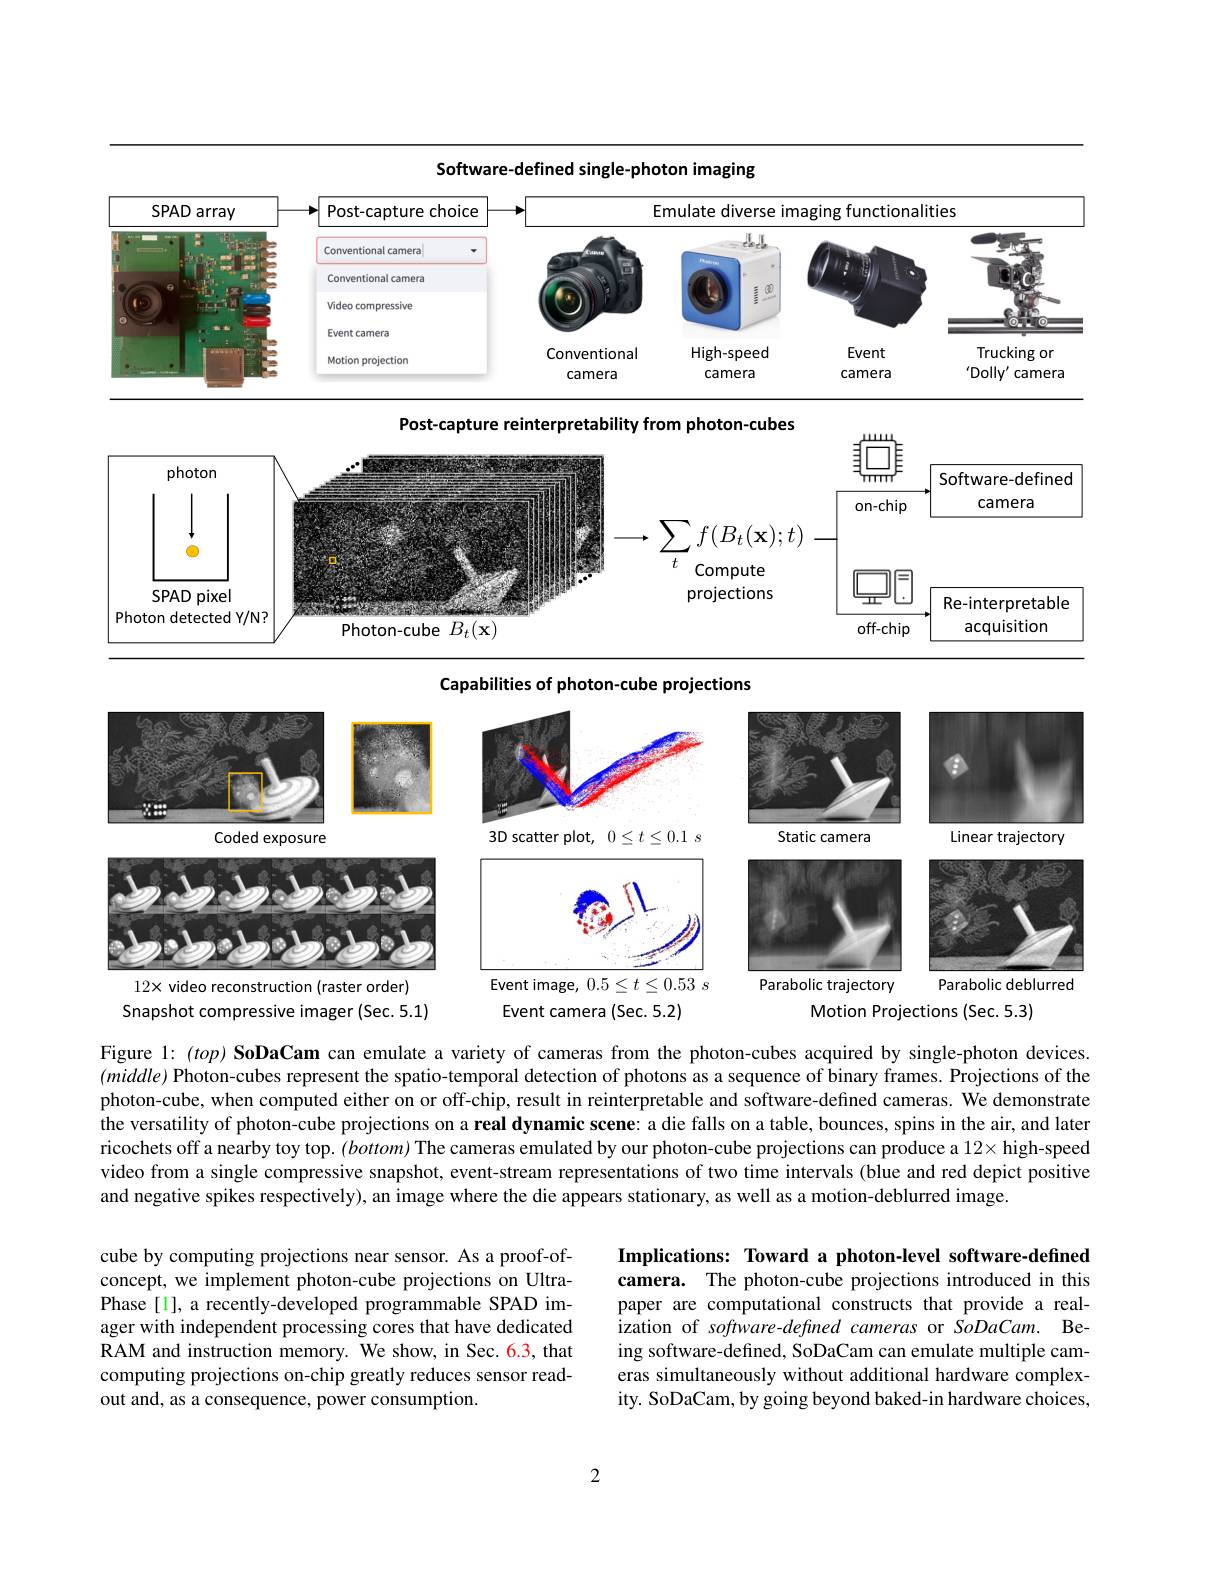
Software-defined single-photon imaging

<FigureHere>

Post-capture reinterpretability from photon-cubes

<FigureHere>

Capabilities of photon-cube projections

<FigureHere>

Motion Projections (Sec. 5.3)
Snapshot compressive imager (Sec. 5.1)
Event camera (Sec. 5.2)

Figure l: $( top) \textbf{SoDaCam can emulate a variety of cameras from the photon- cubes acquired by single- photon devices. }$ $(middle)$ Photon-cubes represent the spatio-temporal detection of photons as a sequence of binary frames. Projections of the photon-cube, when computed either on or off-chip, result in reinterpretable and software-defined cameras. We demonstrate the versatility of photon-cube projections on a real dynamic scene: a die falls on a table, bounces, spins in the air, and later ricochets off a nearby toy top. $(bottom)$ The cameras emulated by our photon-cube projections can produce a $12\times$ high-speed video from a single compressive snapshot, event-stream representations of two time intervals (blue and red depict positive and negative spikes respectively), an image where the die appears stationary, as well as a motion-deblurred image.

cube by computing projections near sensor. As a proof-ofconcept, we implement photon-cube projections on UltraPhase[1], a recently-developed programmable SPAD imager with independent processing cores that have dedicated RAM and instruction memory. We show, in Sec. 6.3, that computing projections on-chip greatly reduces sensor readout and, as a consequence, power consumption

Implications: Toward a photon-level software-defined camera. The photon-cube projections introduced in this paper are computational constructs that provide a realization of software-defined cameras or SoDaCam. Being software-defined, SoDaCam can emulate multiple cameras simultaneously without additional hardware complexity. SoDaCam, by going beyond baked-in hardware choices,

2